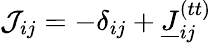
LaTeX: \mathcal{J}_{ij}=-\delta_{ij}+\underline{{J}}_{ij}^{(tt)}